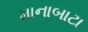
માનાબાટા